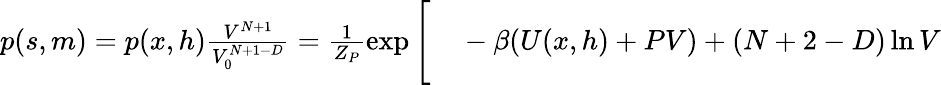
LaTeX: \begin{array}{rl}{p(s,m)=p(x,h)\frac{V^{N+1}}{V_{0}^{N+1-D}}=\frac{1}{Z_{P}}\exp\Bigg[}&{{}-\beta(U(x,h)+PV)+(N+2-D)\ln{V}}\end{array}